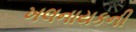
ખલનાયકની